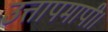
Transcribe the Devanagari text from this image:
उत्तापमापी।